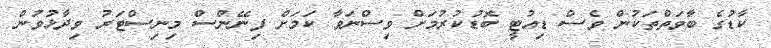
ކާޑުގެ ބާވަތްތަކުން ވެސް ޑިއުޓީ ބޮޑުކުރުމަށް ވިސްނަވާ ކަމަށް ފިނޭންސް މިނިސްޓަރު ވިދާޅުވުން